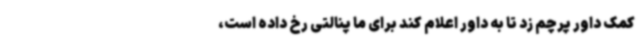
کمک داور پرچم زد تا به داور اعلام کند برای ما پنالتی رخ داده است،